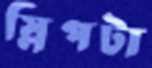
স্লিপটা